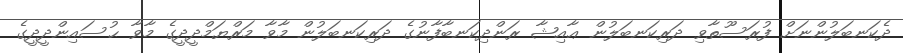
ދެކަނބަލުންނަށް ފުރަސޫތާވި ދަރިކަނބަލުން ޢާއިޝާ ރަންދިކަނބާފާނުގެ ދަރިކަނބަލުން މާވާ މަރްޔަމްދީދީގެ މާވާ ޙުސައިންދީދީގެ